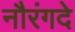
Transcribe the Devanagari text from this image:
नौरंगदे